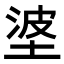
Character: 𪣭